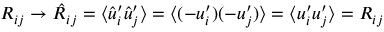
{ \cal { R } } _ { i j } \to \hat { \cal { R } } _ { i j } = \langle { \hat { u } _ { i } ^ { \prime } \hat { u } _ { j } ^ { \prime } } \rangle = \langle { ( - u _ { i } ^ { \prime } ) ( - u _ { j } ^ { \prime } ) } \rangle = \langle { u _ { i } ^ { \prime } u _ { j } ^ { \prime } } \rangle = { \cal { R } } _ { i j }